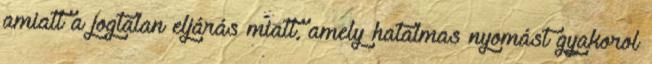
amiatt a jogtalan eljárás miatt, amely hatalmas nyomást gyakorol